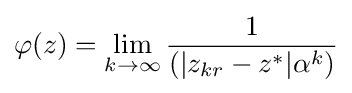
\varphi (z)=\lim _{k\to \infty }{\frac {1}{(|z_{kr}-z^{*}|\alpha ^{k})}}